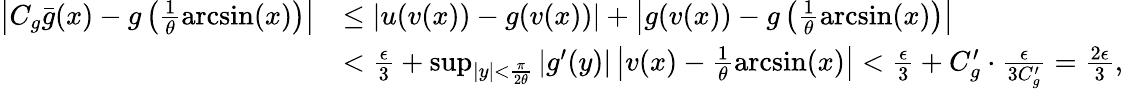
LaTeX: \begin{array}{rl}{\left|C_{g}\bar{g}(x)-g\left(\frac{1}{\theta}\arcsin(x)\right)\right|}&{\leq\left|u(v(x))-g(v(x))\right|+\left|g(v(x))-g\left(\frac{1}{\theta}\arcsin(x)\right)\right|}\\ &{<\frac{\epsilon}{3}+\operatorname*{sup}_{|y|<\frac{\pi}{2\theta}}|g^{\prime}(y)|\left|v(x)-\frac{1}{\theta}\arcsin(x)\right|<\frac{\epsilon}{3}+C_{g}^{\prime}\cdot\frac{\epsilon}{3C_{g}^{\prime}}=\frac{2\epsilon}{3},}\end{array}